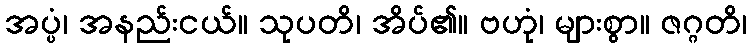
အပ္ပံ၊ အနည်းငယ်။ သုပတိ၊ အိပ်၏။ ဗဟုံ၊ များစွာ။ ဇဂ္ဂတိ၊